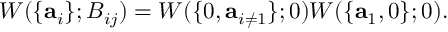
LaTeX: W ( \lbrace \mathbf { a } _ { i } \rbrace ; B _ { i j } ) = W ( \lbrace 0 , \mathbf { a } _ { i \neq 1 } \rbrace ; 0 ) W ( \lbrace \mathbf { a } _ { 1 } , 0 \rbrace ; 0 ) .